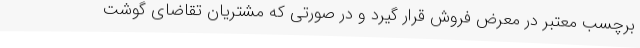
برچسب معتبر در معرض فروش قرار گیرد و در صورتی ‌که مشتریان تقاضای گوشت